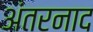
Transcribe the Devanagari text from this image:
अंतरनाद